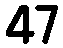
47